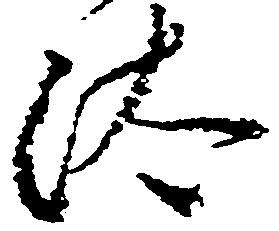
汰